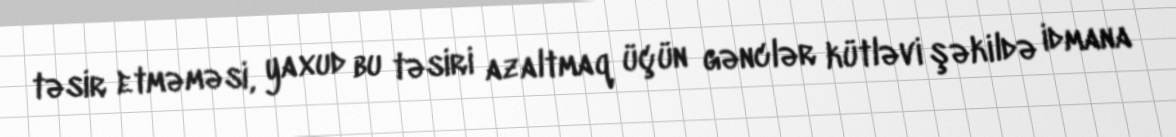
təsir etməməsi, yaxud bu təsiri azaltmaq üçün gənclər kütləvi şəkildə idmana